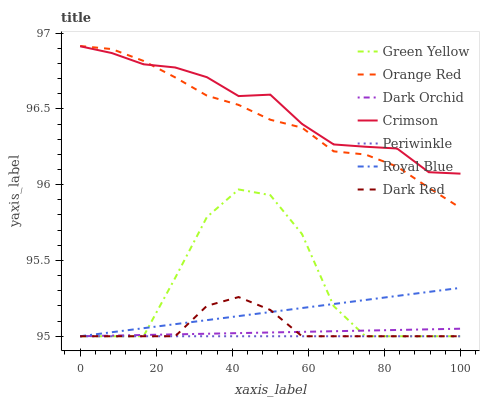
| xaxis_label | Green Yellow | Orange Red | Dark Orchid | Crimson | Periwinkle | Royal Blue | Dark Red |
 | --- | --- | --- | --- | --- | --- | --- | --- |
 | 0 | 95 | 96.9 | 95 | 96.9 | 95 | 95 | 95 |
 | 8.33 | 95 | 96.9 | 95 | 96.9 | 95 | 95 | 95 |
 | 16.7 | 95 | 96.8 | 95 | 96.8 | 95 | 95.1 | 95 |
 | 25 | 95.4 | 96.7 | 95 | 96.8 | 95 | 95.1 | 95 |
 | 33.3 | 95.8 | 96.6 | 95 | 96.7 | 95 | 95.1 | 95.2 |
 | 41.7 | 96 | 96.5 | 95 | 96.6 | 95 | 95.1 | 95.3 |
 | 50 | 95.9 | 96.4 | 95 | 96.6 | 95 | 95.2 | 95.2 |
 | 58.3 | 95.7 | 96.4 | 95 | 96.4 | 95 | 95.2 | 95 |
 | 66.7 | 95.2 | 96.2 | 95 | 96.3 | 95 | 95.2 | 95 |
 | 75 | 95 | 96.2 | 95 | 96.3 | 95 | 95.2 | 95 |
 | 83.3 | 95 | 96.1 | 95 | 96.2 | 95 | 95.3 | 95 |
 | 91.7 | 95 | 96 | 95 | 96.1 | 95 | 95.3 | 95 |
 | 100 | 95 | 95.8 | 95 | 96.1 | 95 | 95.3 | 95 |